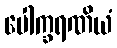
ပေါက္ခရဏိယံ